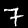
Label: 7